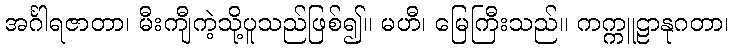
အင်္ဂါရဇာတာ၊ မီးကျီကဲ့သို့ပူသည်ဖြစ်၍။ မဟီ၊ မြေကြီးသည်။ ကက္ကူဠာနုဂတာ၊